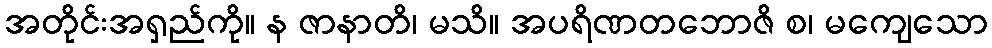
အတိုင်းအရှည်ကို။ န ဇာနာတိ၊ မသိ။ အပရိဏတဘောဇိ စ၊ မကျေသော